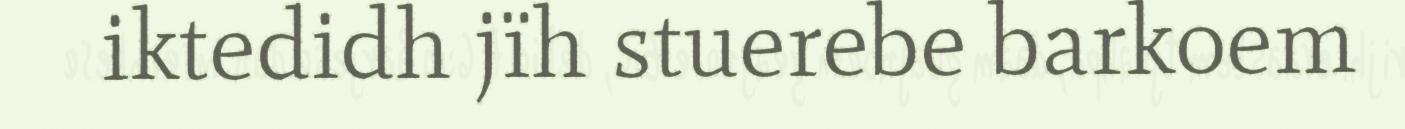
iktedidh jïh stuerebe barkoem